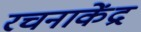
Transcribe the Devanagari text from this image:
रचनाकेंद्र